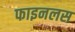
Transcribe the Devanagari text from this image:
फाइनलस